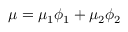
\mu = \mu _ { 1 } \phi _ { 1 } + \mu _ { 2 } \phi _ { 2 }